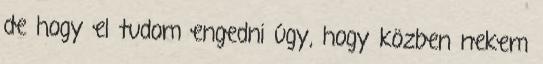
de hogy el tudom engedni úgy, hogy közben nekem